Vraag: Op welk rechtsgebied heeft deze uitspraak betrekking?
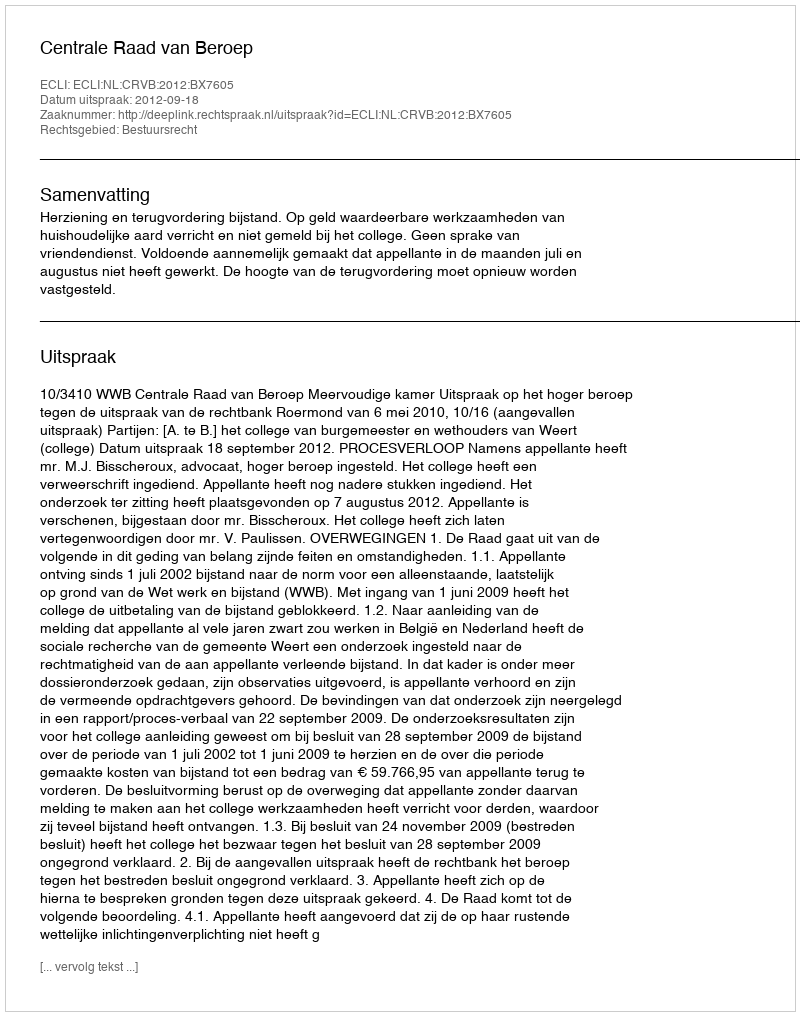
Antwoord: Bestuursrecht